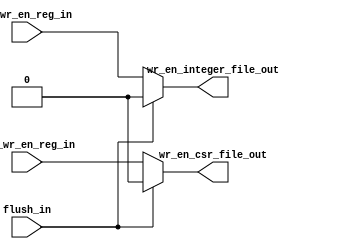
module msrv32_wr_en_generator(flush_in , rf_wr_en_reg_in , csr_wr_en_reg_in , wr_en_integer_file_out , wr_en_csr_file_out);
input flush_in , rf_wr_en_reg_in , csr_wr_en_reg_in;
output reg wr_en_integer_file_out , wr_en_csr_file_out;

always @ (*)
begin
if(flush_in)
wr_en_csr_file_out = 0;
else
wr_en_csr_file_out = csr_wr_en_reg_in;
end

always @ (*)
begin
if(flush_in)
wr_en_integer_file_out = 0;
else
wr_en_integer_file_out = rf_wr_en_reg_in;
end
endmodule